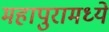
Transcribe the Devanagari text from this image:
महापुरामध्ये